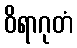
ဝိရာဂုတံ